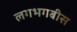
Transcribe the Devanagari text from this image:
लगभगबीस